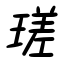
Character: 瑳